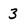
Character: 3